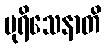
ပုရိသေနာတိ